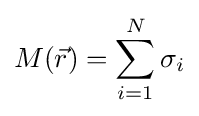
M({\vec {r}})=\sum _{i=1}^{N}\sigma _{i}